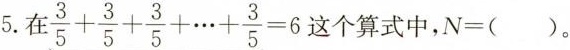
5.在$$\frac { 3 } { 5 } + \frac { 3 } { 5 } + \frac { 3 } { 5 } + … + \frac { 3 } { 5 } = 6$$这个算式中，$$ N =（ ）$$